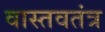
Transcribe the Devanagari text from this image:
वास्तवतंत्र